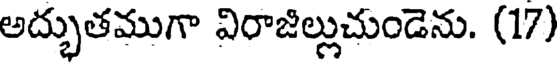
అద్భుతముగా విరాజిల్లుచుండెను. (17)